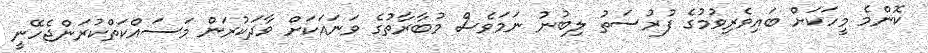
ކޮންމެ މީހަކަށް ބައިވެރިވުމުގެ ފުރުސަތު ލިބުނު ނަމަވެސް މުބާރާތުގެ ވަނައަކަށް ވާދަކުރަން މަސައްކަތްކުރަންޖެހޭނީ